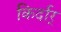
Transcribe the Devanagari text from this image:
किर्दार्